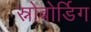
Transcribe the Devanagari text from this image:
स्नोबोर्डिग